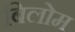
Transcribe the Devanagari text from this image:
बिलोम